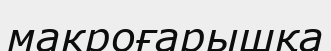
макроғарышқа